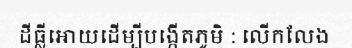
ដីធ្លីអោយដើម្បីបង្កើតភូមិ : លើកលែង